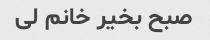
صبح بخیر خانم لی